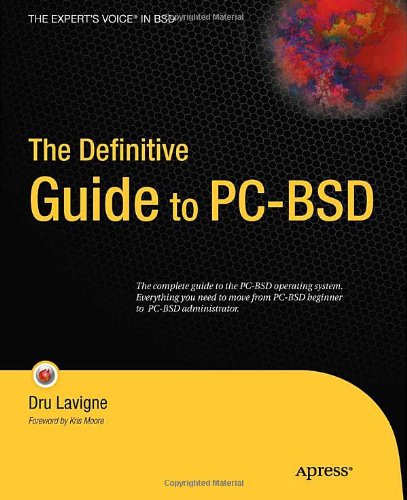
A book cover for The Definitive Guide to PC-BSD; Dru Lavigne; Computers & Technology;